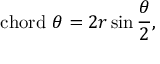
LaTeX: \mathrm { c h o r d } \ \theta = 2 r \sin { \frac { \theta } { 2 } } ,